Annual report on the Civil Veterinary Department, Burma (including the Insein Veterinary School) - 1923-1931
Year: 1923
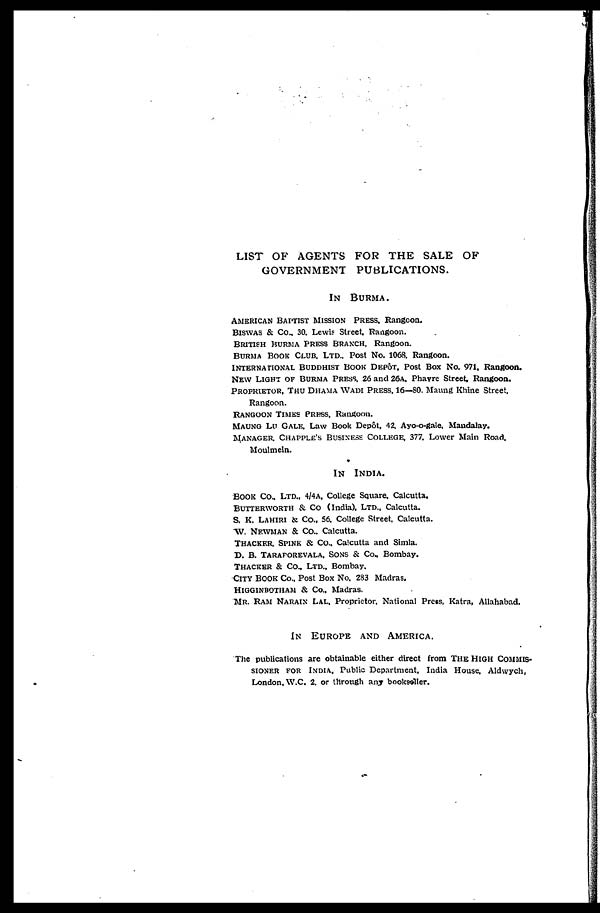
LIST OF AGENTS FOR THE SALE OF
GOVERNMENT PUBLICATIONS.
IN BURMA.
AMERICAN BAPTIST MISSION PRESS. Rangoon.
BISWAS & Co., 30. Lewis Street. Rangoon.
BRITISH BURMA PRESS BRANCH, Rangoon.
BURMA BOOK CLUB. LTD., Post No. 1068, Rangoon.
INTERNATIONAL BUDDIST BOOK DEPÔT, Post Box No. 971. Rangoon.
NEW LIGHT OF BURMA PRESS, 26 and 26A, Phavre Street. Rangoon.
PROPRITOR, THU DHAMA WADI PRESS, 16—80. Maung Khine Street,
Rangoon.
RANGOON TIMES PRESS, Rangoon.
MAUNG LU GALE. Law Book Depôt, 42. Ayo-o-gale. Mandalay.
MANAGER. CHAPPLE'S BUSINESS COLLEGE, 377. Lower Main Road.
Moulmein.
IN
INDIA.
BOOK CO., LYD., 4/4A, College Square, Calcutta.
BUTTERWORTH & Co (India), LTD., Calcutta.
S. K. LAHIRI & Co., 56, College Street, Calcutta.
W. NEWMAN & Co.. Calcutta.
THACKER, SPINK & Co.. Calcutta and Simla.
D. B. TARAPOREVALA, SONS & Co., Bombay.
THACKER & Co., LTD., Bombay.
CITY BOOK Co., Post Box No. 283 Madras.
HIGGINBOTHAM & Co., Madras.
MR. RAM NARAIN LAL, Proprietor, National Press, Katra, Allahabad.
IN EUROPE AND AMERICA.
The publications are obtainable either direct from THE HIGH COMMIS-
------ FOR INDIA. Public Department, India House, Aldwych,
London, W.C. 2. or through any bookseller.